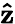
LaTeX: \mathbf{\hat{z}}